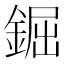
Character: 𨧱